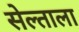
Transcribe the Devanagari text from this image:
सेल्ताला